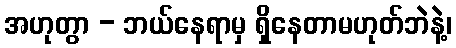
အဟုတွာ - ဘယ်နေရာမှ ရှိနေတာမဟုတ်ဘဲနဲ့၊